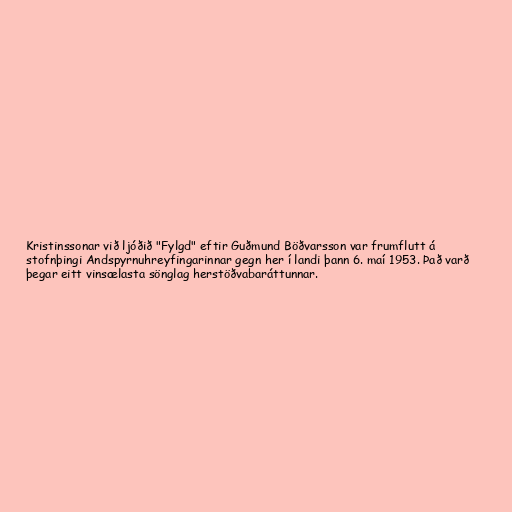
Kristinssonar við ljóðið "Fylgd" eftir Guðmund Böðvarsson var frumflutt á
stofnþingi Andspyrnuhreyfingarinnar gegn her í landi þann 6. maí 1953. Það varð
þegar eitt vinsælasta sönglag herstöðvabaráttunnar.